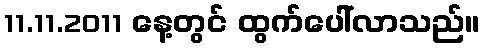
11.11.2011 နေ့တွင် ထွက်ပေါ်လာသည်။